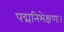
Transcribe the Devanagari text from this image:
पद्मनिभेक्षणः।